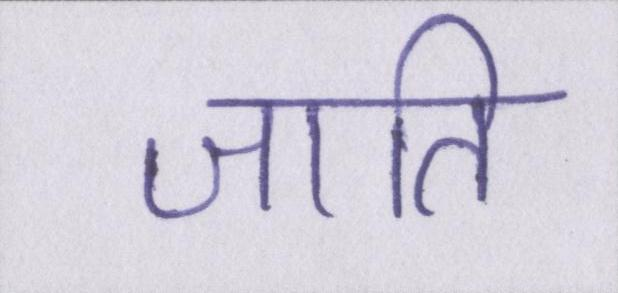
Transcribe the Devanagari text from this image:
जाति